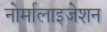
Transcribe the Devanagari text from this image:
नोर्मालाइजेशन